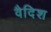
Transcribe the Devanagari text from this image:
वैदिश